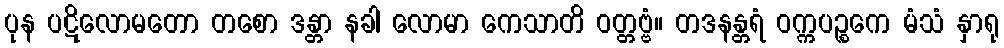
ပုန ပဋိလောမတော တစော ဒန္တာ နခါ လောမာ ကေသာတိ ဝတ္တဗ္ဗံ။ တဒနန္တရံ ဝက္ကပဉ္စကေ မံသံ နှာရု